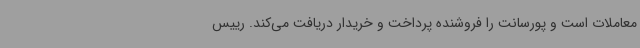
معاملات است و پورسانت را فروشنده پرداخت و خریدار دریافت می‌کند. رییس